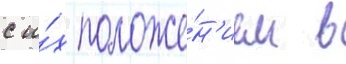
с и́х положе́н'ием в